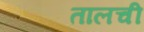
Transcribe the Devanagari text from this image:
तालची